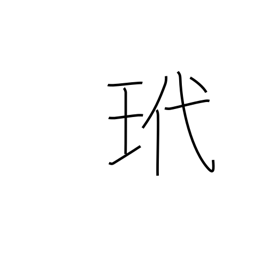
Meaning: tortoise shell